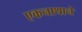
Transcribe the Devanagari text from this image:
एकनाथाने